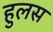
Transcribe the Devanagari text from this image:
हुलस